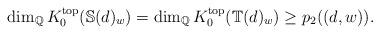
LaTeX: \begin{align*} \dim_{\mathbb{Q}}K_0^{\mathrm{top}}(\mathbb{S}(d)_w)= \dim_{\mathbb{Q}} K_0^{\mathrm{top}}(\mathbb{T}(d)_w)\geq p_2((d, w)).\end{align*}